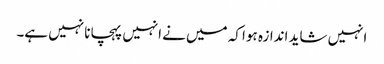
انہیں شاید اندازہ ہوا کہ میں نے انہیں پہچانا نہیں ہے۔